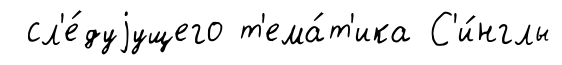
сл'е́дуjущего т'ема́т'ика С'и́нглы